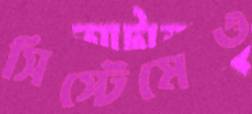
সিস্টেমেও